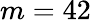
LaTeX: m=42